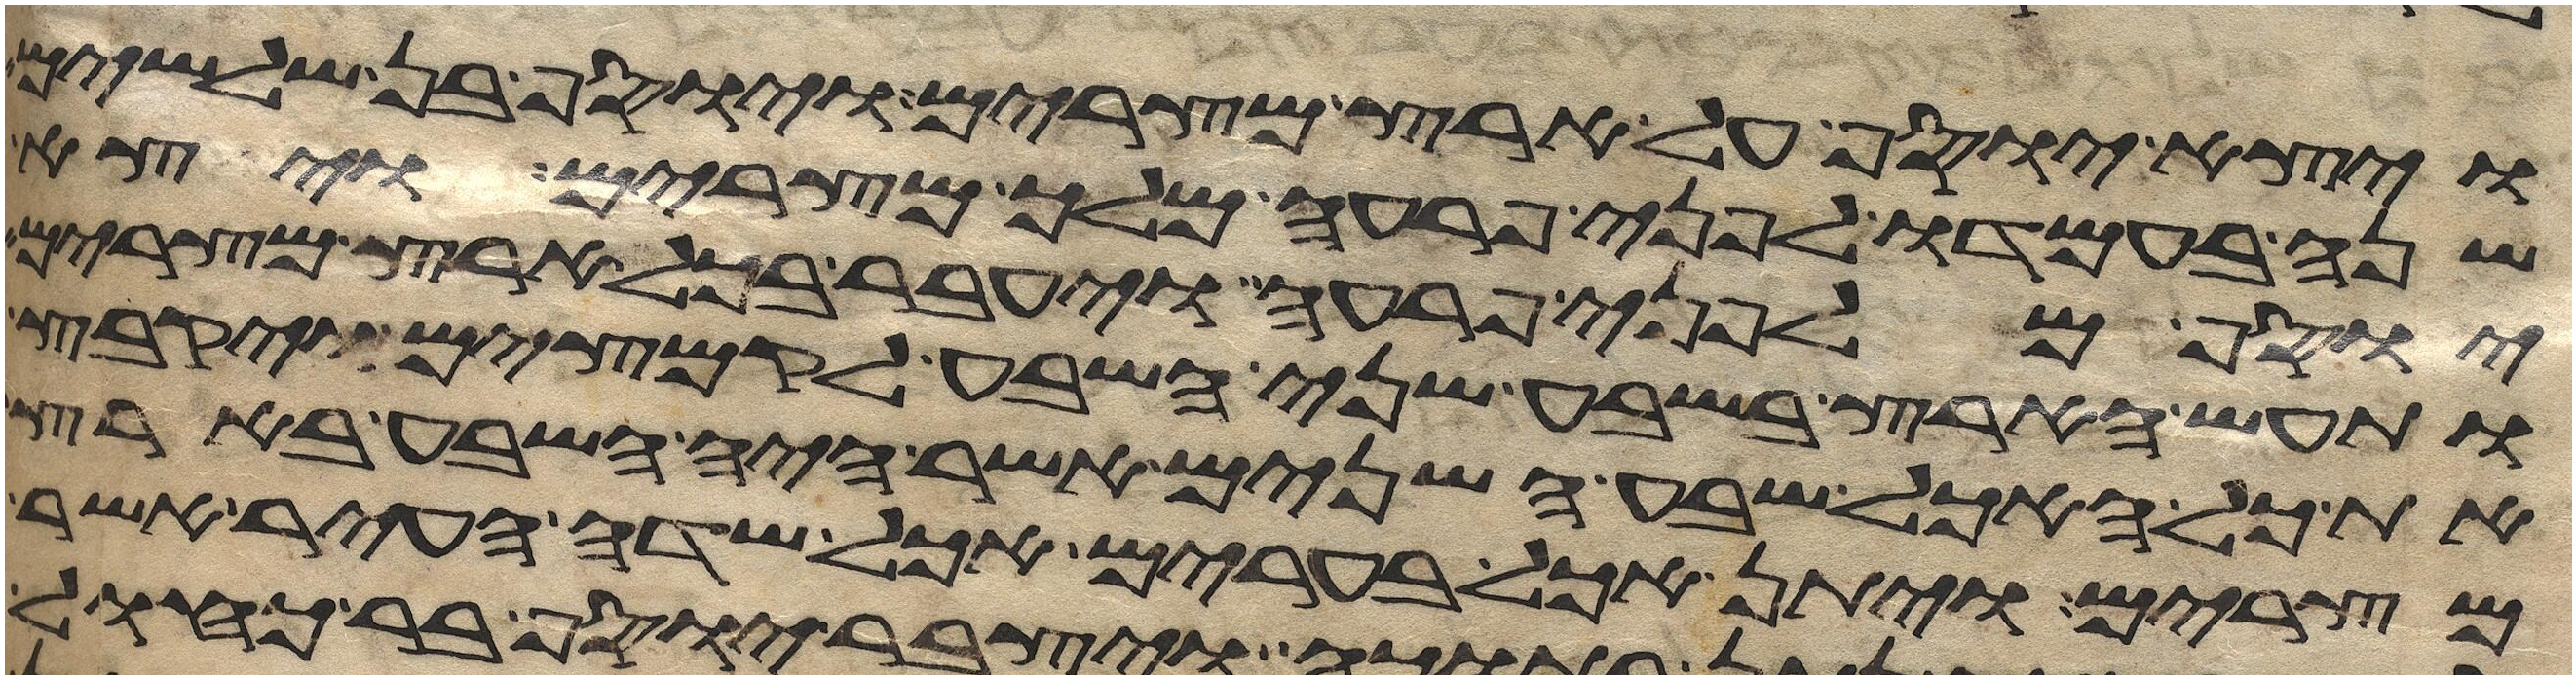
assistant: ויצא יוסף על ארץ מצרים ויוסף בן שלשים
שנה בעמדו לפני פרעה מלך מצרים ויצא
יוסף מלפני פרעה ויעבר בכל ארץ מצרים
ותעש הארץ בשבע שני השבע לקמצים ויקבץ
את כל האכל שבע השנים אשר היה השבע בארץ
מצרים ויתן אכל בערים אכל שדה העיר אשר